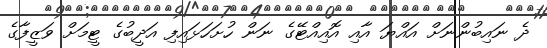
ދެ ނައިބުންނަށް އައްޔަ އާއި އޮއިއްޓޭގެ ނަން ހުށަހަޅައިފި އަދީބުގެ ޓީމަށް ވަޒީފާގެ